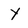
Character: Y